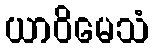
ယာဝိမေသံ